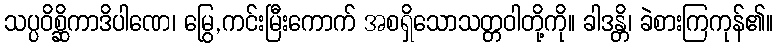
သပ္ပဝိစ္ဆိကာဒိပါဏေ၊ မြွေ,ကင်းမြီးကောက် အစရှိသောသတ္တဝါတို့ကို။ ခါဒန္တိ၊ ခဲစားကြကုန်၏။